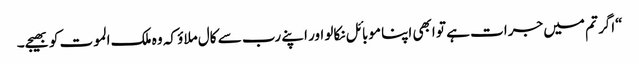
“اگر تم میں جرات ہے تو ابھی اپنا موبائل نکالو اور اپنے رب سے کال ملاؤ کہ وہ ملک الموت کو بھیجے۔